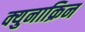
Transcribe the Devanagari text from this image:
क्युनाक्रिन